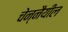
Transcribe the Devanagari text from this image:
चेन्नैयील